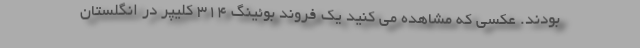
بودند. عکسی که مشاهده می کنید یک فروند بوئینگ 314 کلیپر در انگلستان